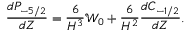
\frac { d P _ { - 5 / 2 } } { d Z } = \frac { 6 } { H ^ { 3 } } \mathcal { W } _ { 0 } + \frac { 6 } { H ^ { 2 } } \frac { d C _ { - 1 / 2 } } { d Z } .